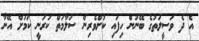
އެ ދެ ވަސީލަތުގެ ބޭނުން ހިފައި ކުށްވެރިން ސަލާމަތް ކުރަނީ ކަމަށް އޭނާ